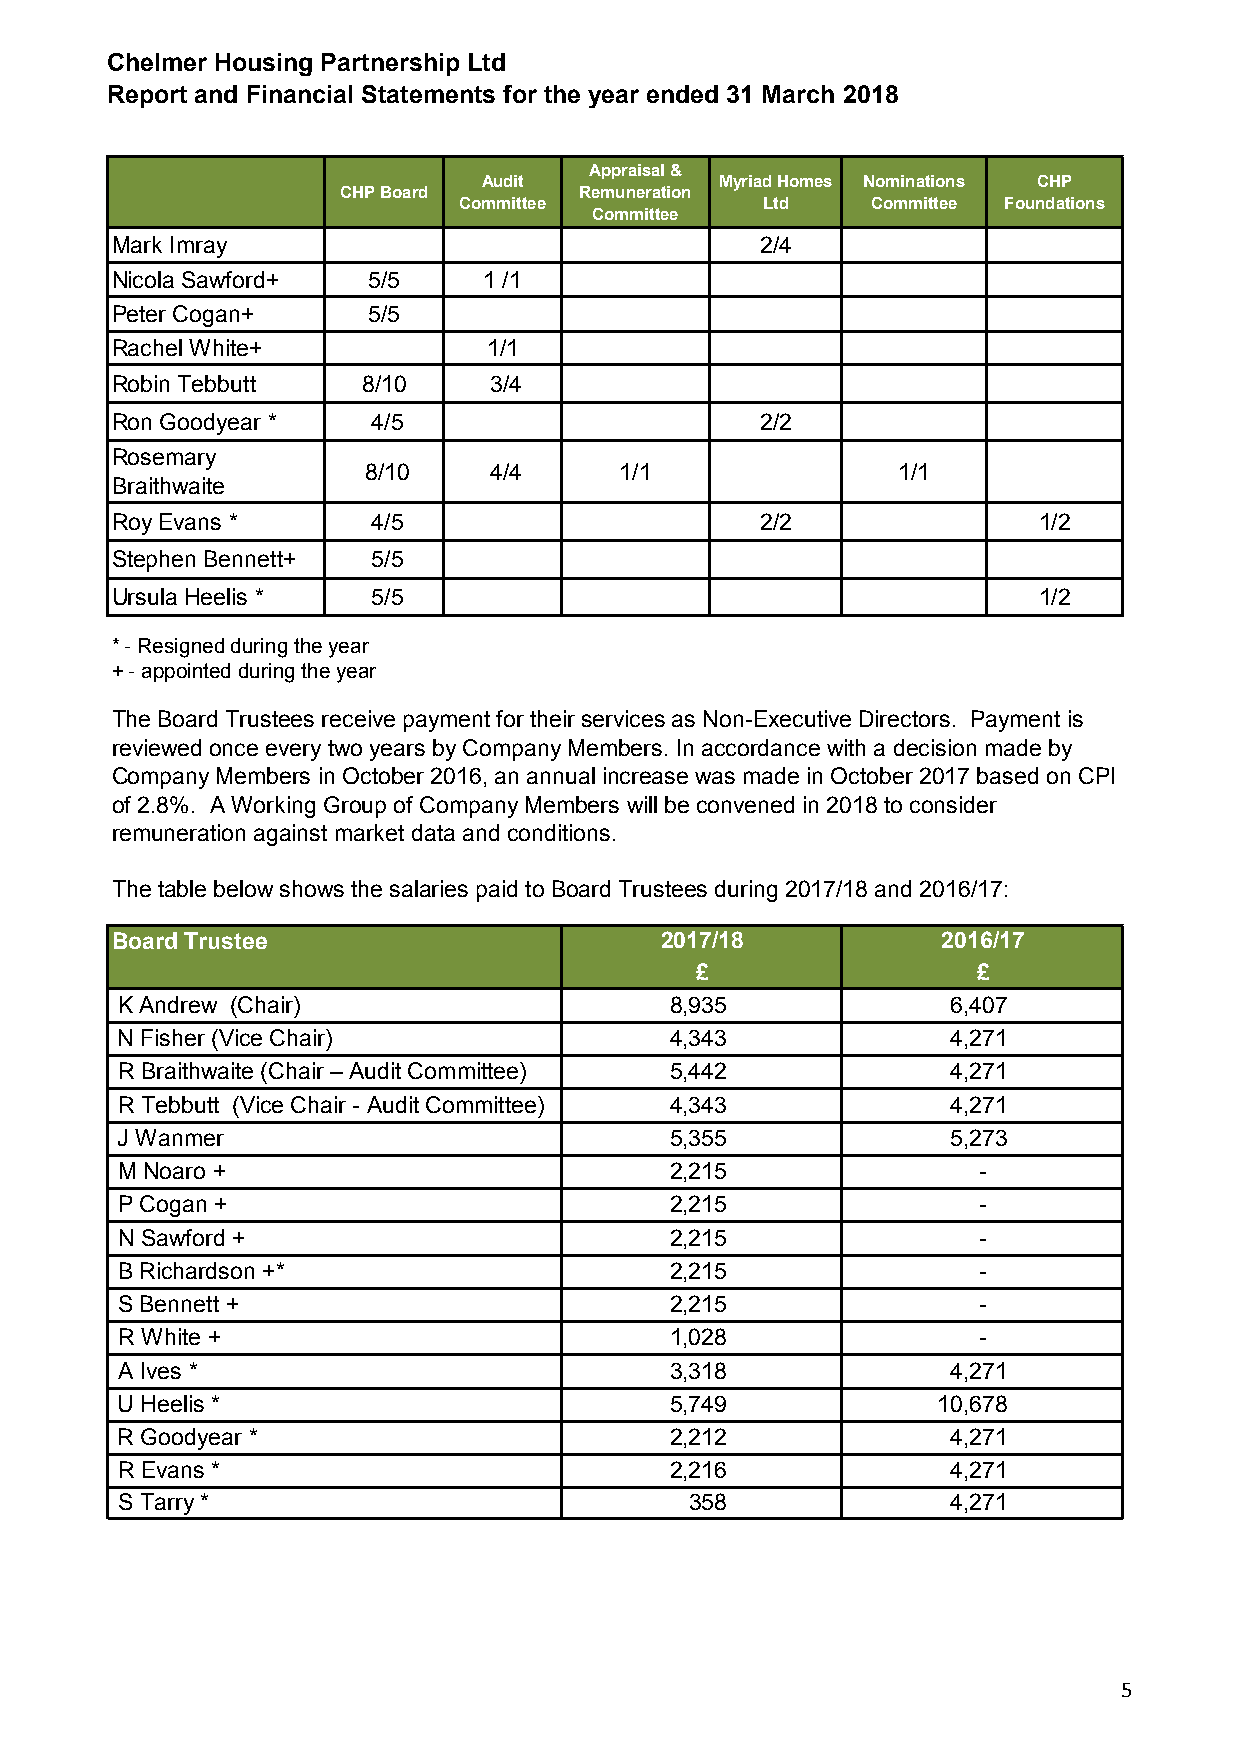
Chelmer Housing Partnership Ltd
 Report and Financial Statements for the year ended 31 March 2018
 Appraisal &
 Audit           Myriad Homes Nominations CHP
 CHP Board       Remuneration
 Committee           Ltd     Committee Foundations
 Committee
 Mark Imray                                 2/4
 Nicola Sawford+  5/5     1 /1
 Peter Cogan+     5/5
 Rachel White+            1/1
 Robin Tebbutt    8/10    3/4
 Ron Goodyear *    4/5                      2/2
 Rosemary
 8/10    4/4      1/1               1/1
 Braithwaite
 Roy Evans *       4/5                      2/2                1/2
 Stephen Bennett+  5/5
 Ursula Heelis *   5/5                                         1/2
 * - Resigned during the year
 + - appointed during the year
 The Board Trustees receive payment for their services as Non-Executive Directors. Payment is
 reviewed once every two years by Company Members. In accordance with a decision made by
 Company Members in October 2016, an annual increase was made in October 2017 based on CPI
 of 2.8%. A Working Group of Company Members will be convened in 2018 to consider
 remuneration against market data and conditions.
 The table below shows the salaries paid to Board Trustees during 2017/18 and 2016/17:
 Board Trustee                        2017/18           2016/17
 £                  £
 K Andrew (Chair)                    8,935              6,407
 N Fisher (Vice Chair)               4,343              4,271
 R Braithwaite (Chair – Audit Committee) 5,442          4,271
 R Tebbutt (Vice Chair - Audit Committee) 4,343         4,271
 J Wanmer                            5,355              5,273
 M Noaro +                           2,215                -
 P Cogan +                           2,215                -
 N Sawford +                         2,215                -
 B Richardson +*                     2,215                -
 S Bennett +                         2,215                -
 R White +                           1,028                -
 A Ives *                            3,318              4,271
 U Heelis *                          5,749             10,678
 R Goodyear *                        2,212              4,271
 R Evans *                           2,216              4,271
 S Tarry *                             358              4,271
 5